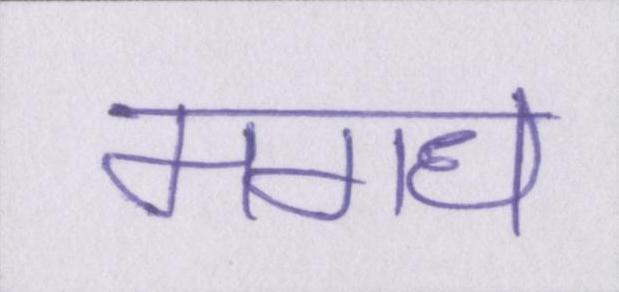
मगध